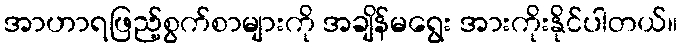
အာဟာရဖြည့်စွက်စာများကို အချိန်မရွေး အားကိုးနိုင်ပါတယ်။